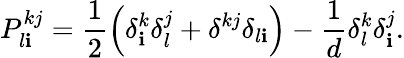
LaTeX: P_{l\mathbf{i}}^{kj}=\frac{1}{2}\left(\delta_{\mathbf{i}}^{k}\delta_{l}^{j}+\delta^{kj}\delta_{l\mathbf{i}}\right)-\frac{1}{d}\delta_{l}^{k}\delta_{\mathbf{i}}^{j}.